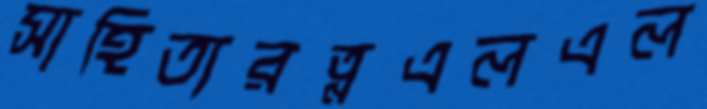
সাহিত্যরত্নএলএল